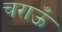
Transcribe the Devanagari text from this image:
चराऊँ